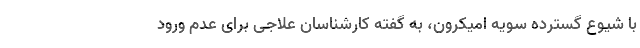
با شیوع گسترده سویه اُمیکرون، به گفته کارشناسان علاجی برای عدم ورود